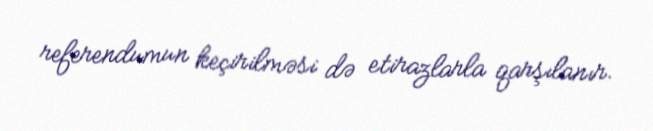
referendumun keçirilməsi də etirazlarla qarşılanır.